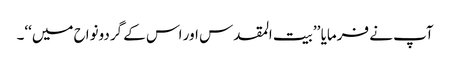
آپ نے فرمایا ’’بیت المقدس اور اس کے گردونواح میں‘‘۔